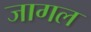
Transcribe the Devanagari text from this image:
जागल